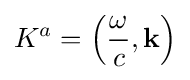
K^{a}=\left({\frac {\omega }{c}},\mathbf {k} \right)